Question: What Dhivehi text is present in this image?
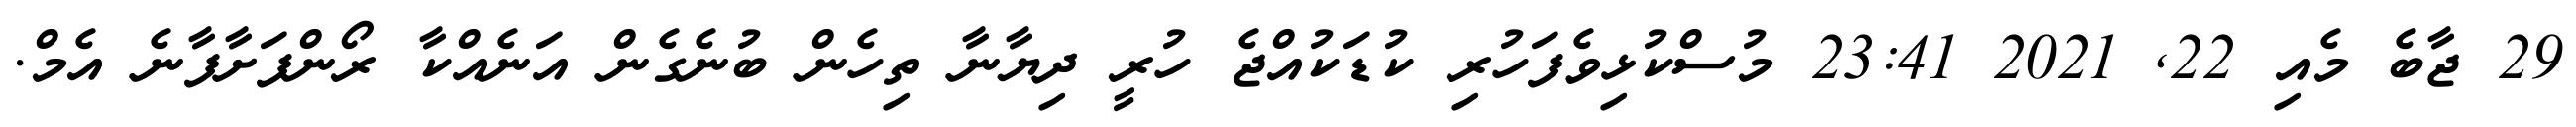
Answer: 29 ޖާބެ މެއި 22, 2021 23:41 މުސްކުޅިވެފަހުރި ކުޑަކުއްޖެ ހުރީ ދިޔާނާ ތިހެން ބުނެގެން އަނެއްކާ ރޯންފަށާފާނެ އެމް.